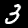
Digit: 3